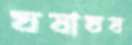
ঘষাঘষ